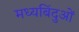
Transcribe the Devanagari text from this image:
मध्यबिंदुओं